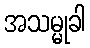
အသမ္မုခါ